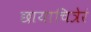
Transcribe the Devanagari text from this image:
छायाचित्रेरं